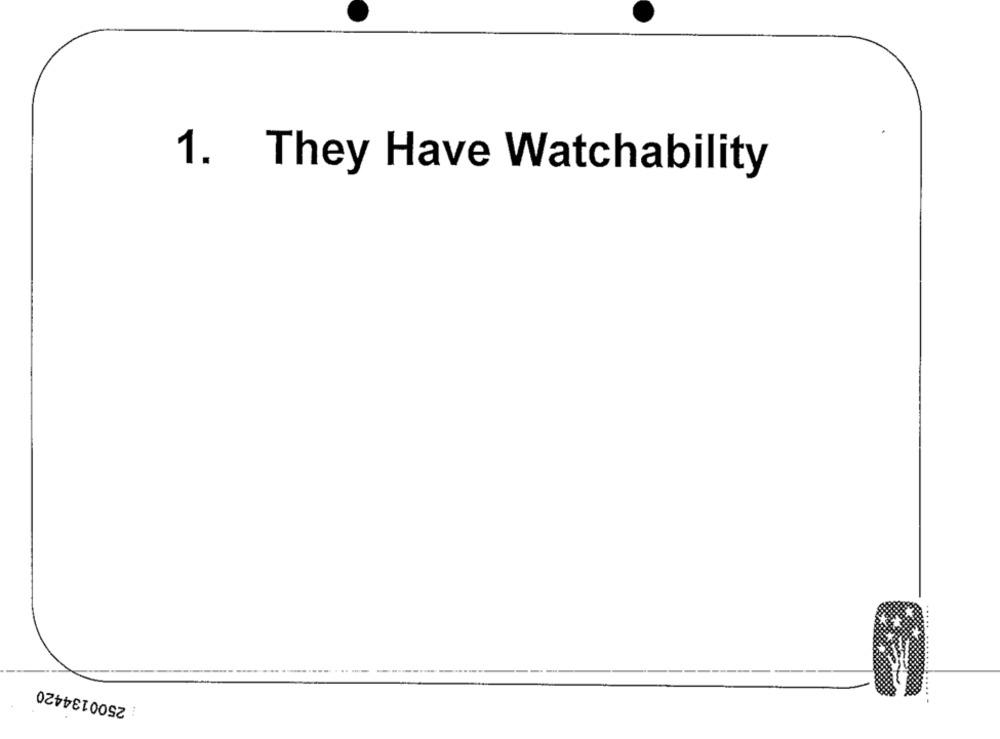
1. They Have Watchability
2500134420